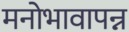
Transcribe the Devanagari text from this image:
मनोभावापन्न